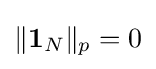
\|\mathbf {1} _{N}\|_{p}=0